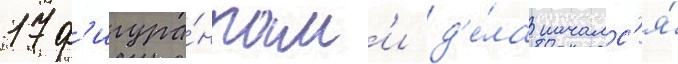
17 ф'игура́нтам'и д'е́ла началс'я́